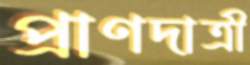
প্রাণদাত্রী